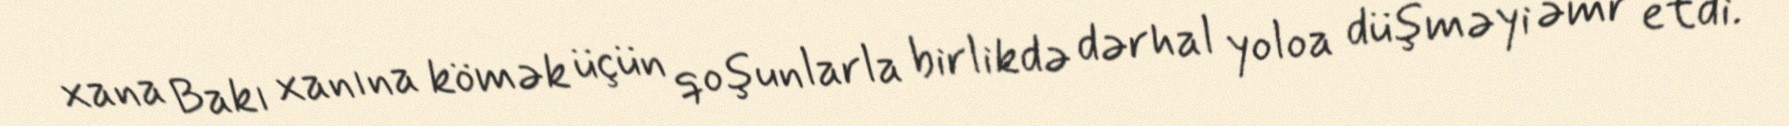
xana Bakı xanına kömək üçün qoşunlarla birlikdə dərhal yoloa düşməyi əmr etdi.